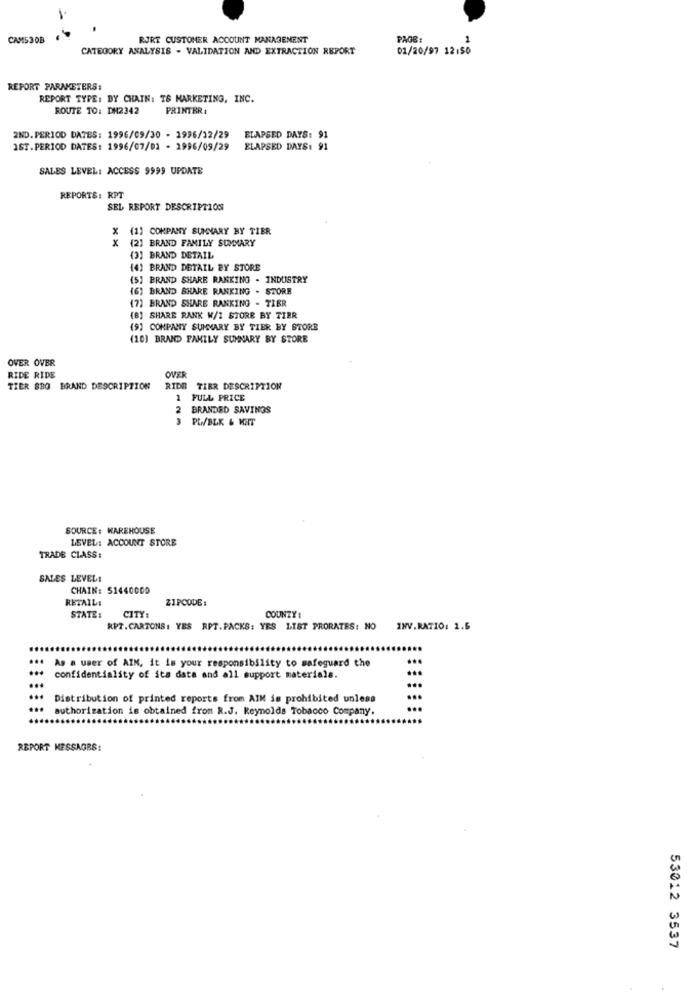
CAMS30B
RURT CUSTOMER ACCOUNT MANAGEMENT
PAGE:
CATEGORY ANALYSIS - VALIDATION AND EXTRACTION REPORT
01/20/97 12:50
REPORT PARAMETERS:
REPORT TYPE: BY CHAIN: T& MARKETING, INC.
ROUTE TO: DM2342
PRINTER :
2ND. PERIOD DATES: 1996/09/30 - 1996/32/29
ELAPSED DAYS: 91
IST. PERIOD DATES: 1996/07/02 - 1996/09/29
ELAPSED DAYS: 91
SALES LEVEL: ACCESS 9999 UPDATE
REPORTS: RPT
SEL REPORT DESCRIPTION
x
(1) COMPANY SUMMARY BY TIER
X (2] BRAND FAMILY SUMMARY
(3] BRAND DETAIL
(4) BRAND DETAIL BY STORE
(5) BRAND SHARE RANKING . INDUSTRY
(6) BRAND SHARE RANKING . STORE
(7) BRAND SHARE RANKING - TIER
(B) SHARE RANK W/I STORE BY TIER
(9] COMPANY SUMMARY BY TIER BY STORE
(10) BRAND FAMILY SUMMARY BY STORE
OVER OVER
RIDE RIDE
OVER
TIER BBO BRAND DESCRIPTION
RIDE TIER DESCRIPTION
1 FULL PRICE
BRANDED SAVINGS
3 PL/BLK & KAT
SOURCE: WAREHOUSE
LEVEL: ACCOUNT STORE
TRADE CLASS:
SALES LEVEL!
CHAIN: 51440000
RETAIL:
ZIPCODE:
COUNTY :
STATE :
CITY:
RPT.CARTONS: YES RPT.PACKS: YES LIST PRORATES: NO INV.RATIO: 1.5
...
As a user of AIM, it is your responsibility to safeguard the
...
...
...
confidentiality of its data and all support materials.
...
...
Distribution of printed reports from AIM is prohibited unless
...
...
authorization is obtained from R.J. Reynolds Tobacco Company.
REPORT MESSAOBS:
53012 3537